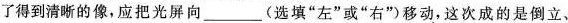
了得到清晰的像，应把光屏向___(选填”左”或”右”)移动，这次成的是倒立、